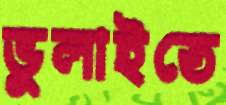
ভুলাইতে